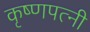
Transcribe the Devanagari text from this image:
कृष्णपत्‍नी